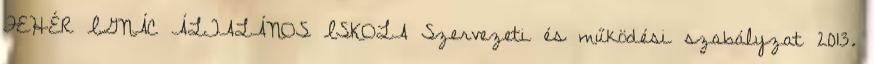
FEHÉR IGNÁC ÁLTALÁNOS ISKOLA Szervezeti és működési szabályzat 2013.